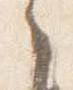
之